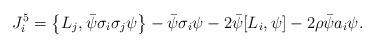
LaTeX: \begin{align*}J_i^5=\left\{L_j,\bar\psi\sigma_i\sigma_j\psi \right\} -\bar\psi\sigma_i\psi -2\bar\psi[L_i,\psi]-2\rho\bar\psi a_i \psi.\end{align*}